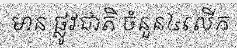
មាន ផ្លូវជាតិ ចំនួន៤លើក